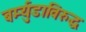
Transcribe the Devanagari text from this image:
बर्म्युडाविरुद्ध